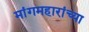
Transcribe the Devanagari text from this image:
मांगमहारांच्या